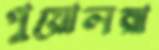
পুয়োলরা